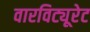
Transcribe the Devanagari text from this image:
वारविट्यूरेट